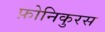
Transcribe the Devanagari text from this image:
फ़ोनिकुरस